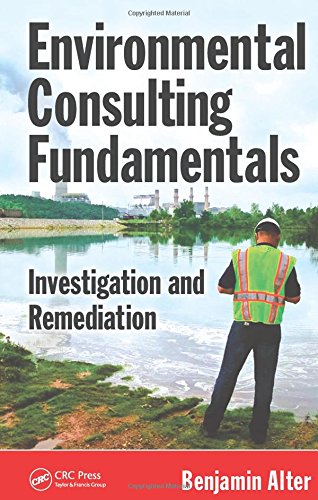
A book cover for Environmental Consulting Fundamentals: Investigation and Remediation; Benjamin Alter; Science & Math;